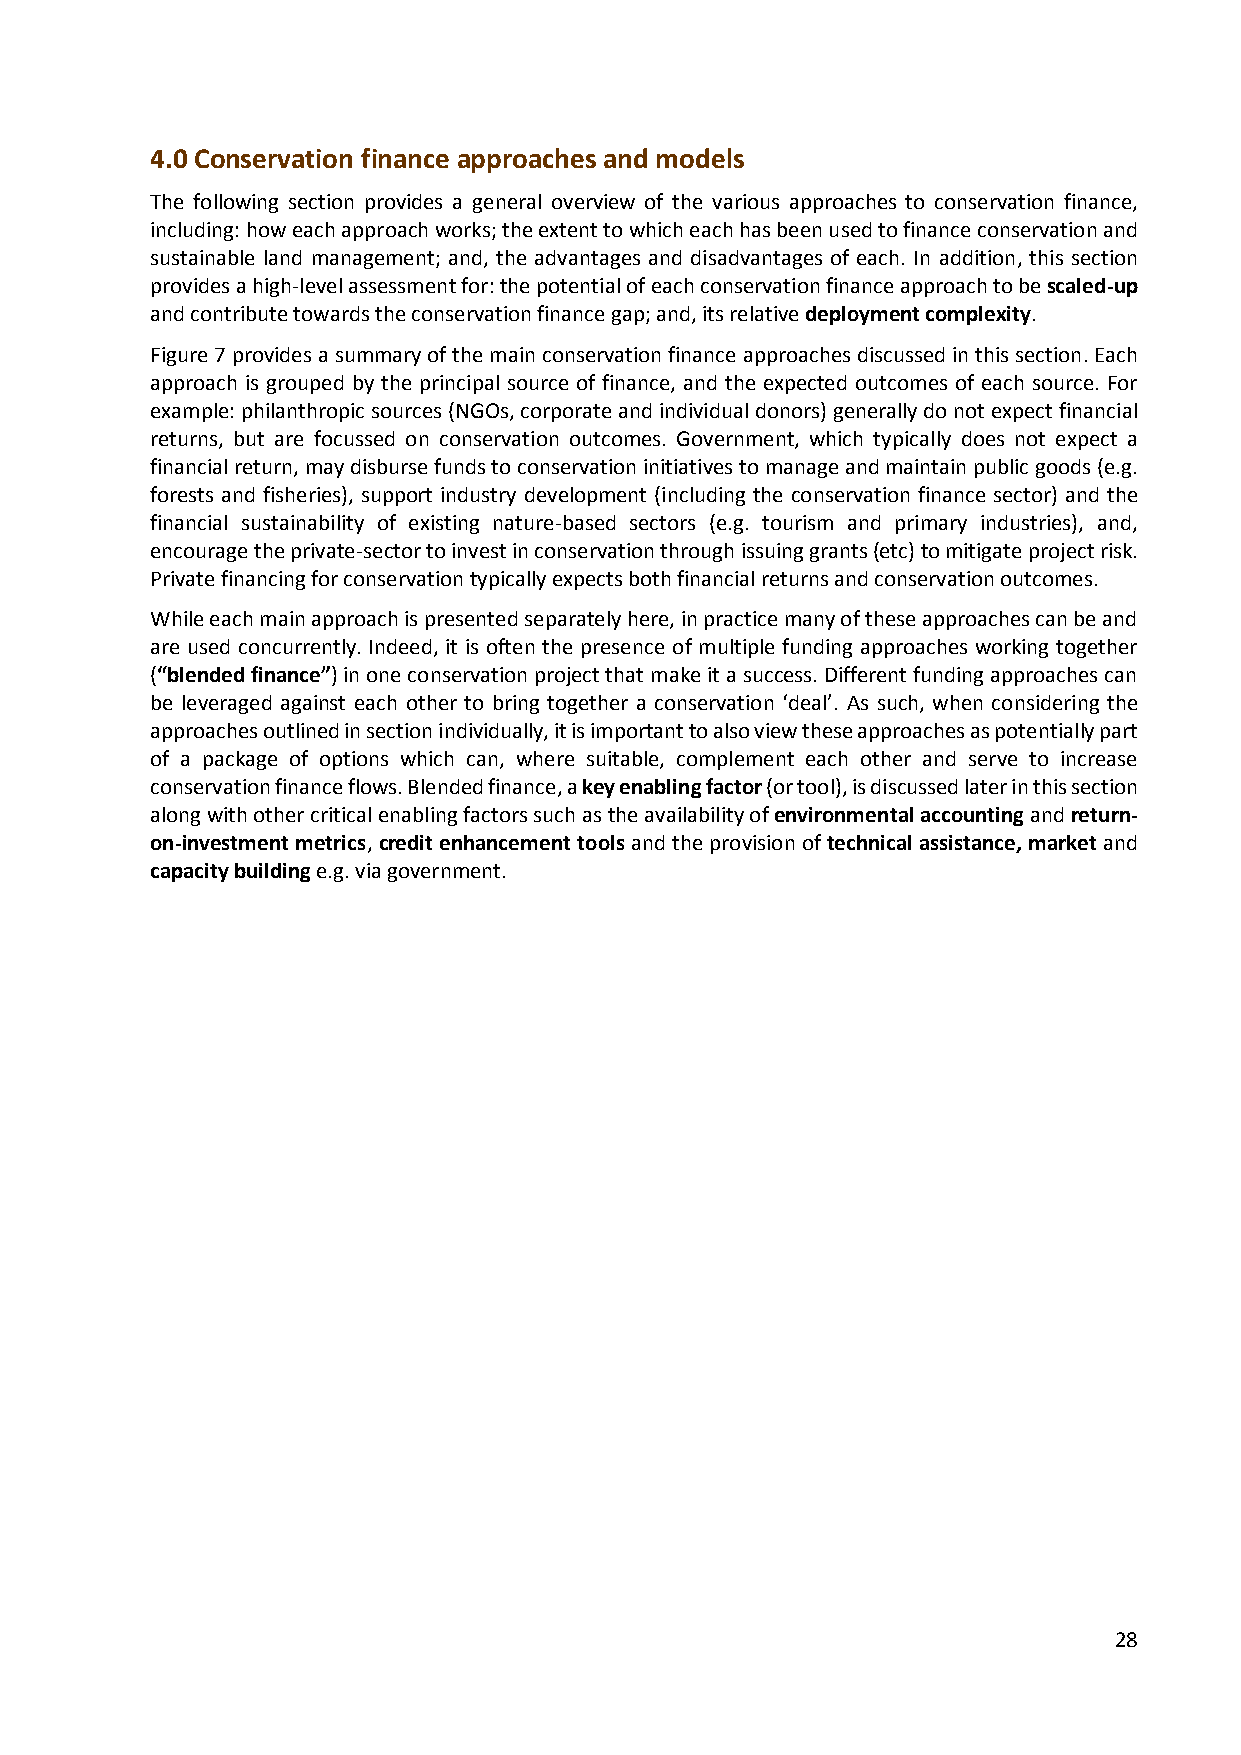
4.0 Conservation finance approaches and models
 The following section provides a general overview of the various approaches to conservation finance,
 including: how each approach works; the extent to which each has been used to finance conservation and
 sustainable land management; and, the advantages and disadvantages of each. In addition, this section
 provides a high-level assessment for: the potential of each conservation finance approach to be scaled-up
 and contribute towards the conservation finance gap; and, its relative deployment complexity.
 Figure 7 provides a summary of the main conservation finance approaches discussed in this section. Each
 approach is grouped by the principal source of finance, and the expected outcomes of each source. For
 example: philanthropic sources (NGOs, corporate and individual donors) generally do not expect financial
 returns, but are focussed on conservation outcomes. Government, which typically does not expect a
 financial return, may disburse funds to conservation initiatives to manage and maintain public goods (e.g.
 forests and fisheries), support industry development (including the conservation finance sector) and the
 financial sustainability of existing nature-based sectors (e.g. tourism and primary industries), and,
 encourage the private-sector to invest in conservation through issuing grants (etc) to mitigate project risk.
 Private financing for conservation typically expects both financial returns and conservation outcomes.
 While each main approach is presented separately here, in practice many of these approaches can be and
 are used concurrently. Indeed, it is often the presence of multiple funding approaches working together
 (“blended finance”) in one conservation project that make it a success. Different funding approaches can
 be leveraged against each other to bring together a conservation ‘deal’. As such, when considering the
 approaches outlined in section individually, it is important to also view these approaches as potentially part
 of a package of options which can, where suitable, complement each other and serve to increase
 conservation finance flows. Blended finance, a key enabling factor (or tool), is discussed later in this section
 along with other critical enabling factors such as the availability of environmental accounting and return-
 on-investment metrics, credit enhancement tools and the provision of technical assistance, market and
 capacity building e.g. via government.
 28